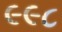
૯૯૮